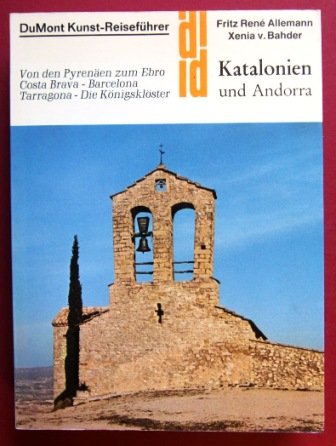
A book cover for Katalonien und Andorra: [von d. Pyrenaen zum Ebro : Costa Brava, Barcelona, Tarragona, d. Konigskloster] (DuMont Dokumente) (German Edition); Fritz Rene Allemann; Travel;